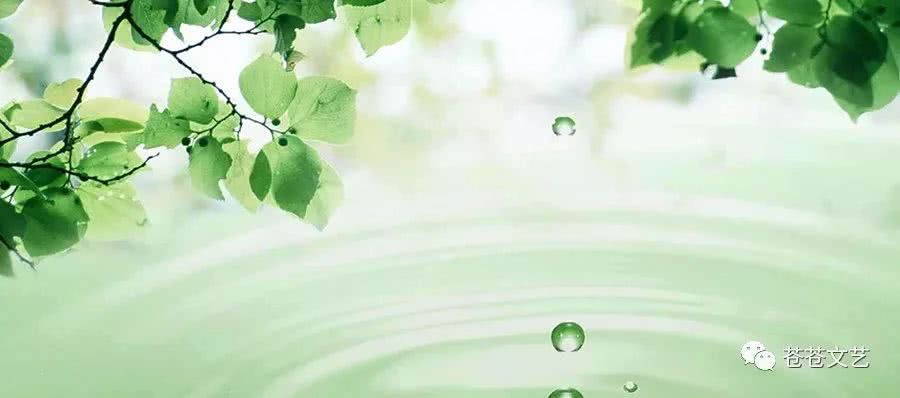
半盏屠苏犹未举，灯前小草写桃符。